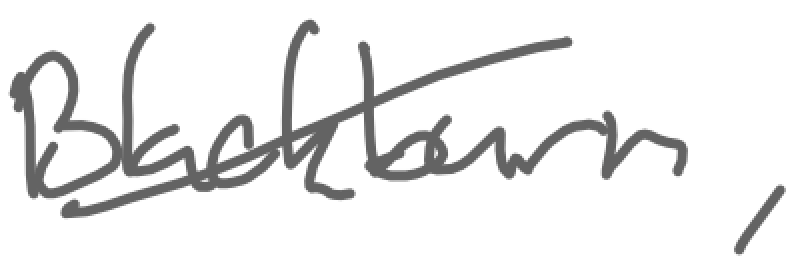
Text: Blackburn,
Cross-out: diagonal
Writing tool: digital_gray